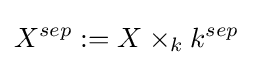
X^{sep}:=X\times _{k}k^{sep}